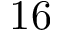
1 6